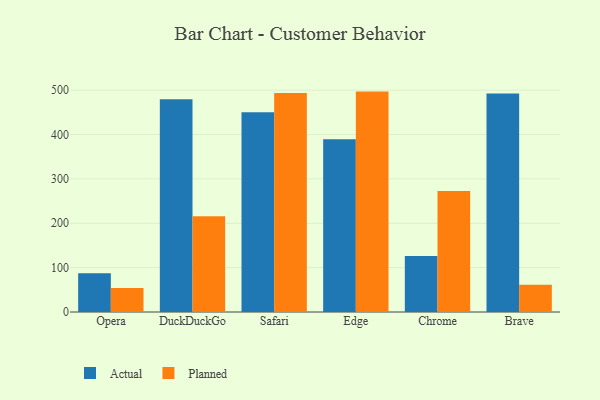
{"axis": {"x": "Browser", "y": "LTV (USD)"}, "legend": ["Actual", "Planned"], "data": [{"x": "Opera", "y": 87.5, "type": "Actual"}, {"x": "Opera", "y": 54.2, "type": "Planned"}, {"x": "DuckDuckGo", "y": 479.6, "type": "Actual"}, {"x": "DuckDuckGo", "y": 216.0, "type": "Planned"}, {"x": "Safari", "y": 450.5, "type": "Actual"}, {"x": "Safari", "y": 493.9, "type": "Planned"}, {"x": "Edge", "y": 389.6, "type": "Actual"}, {"x": "Edge", "y": 496.8, "type": "Planned"}, {"x": "Chrome", "y": 126.0, "type": "Actual"}, {"x": "Chrome", "y": 272.9, "type": "Planned"}, {"x": "Brave", "y": 492.5, "type": "Actual"}, {"x": "Brave", "y": 61.6, "type": "Planned"}]}